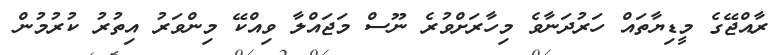
ރާއްޖޭގެ މީޑިޔާތައް ހަރުދަނާވެ މިހާރަށްވުރެ ނޫސް މަޖައްލާ ވިއްކޭ މިންވަރު އިތުރު ކުރުމުން